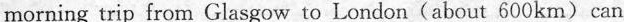
morning trip from Glasgow to London (about 600km) can